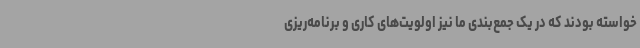
خواسته بودند که در یک جمع‌بندی ما نیز اولویت‌های کاری و برنامه‌ریزی